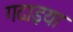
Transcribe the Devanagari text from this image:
गदाइया